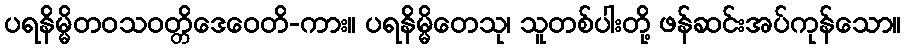
ပရနိမ္မိတဝသဝတ္တိဒေဝေတိ-ကား။ ပရနိမ္မိတေသု၊ သူတစ်ပါးတို့ ဖန်ဆင်းအပ်ကုန်သော။